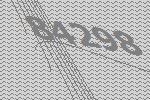
84298